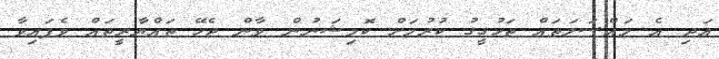
އަދި އެ މައްސަލަތައް ތަހުގީގު ކުރުމަށް ކޮމިޝަނުން ވާން ޖެހޭ ތައްޔާރީތައް ވެފައިވާ